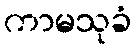
ကာမသုခံ